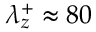
\lambda _ { z } ^ { + } \approx 8 0